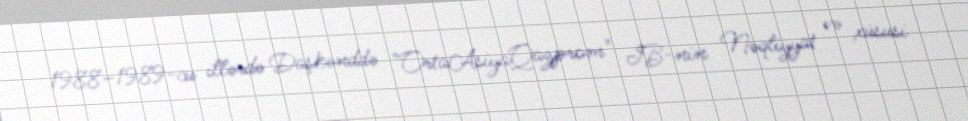
1988–1989-cu illərdə Daşkənddə "OrtaAsiyaQazprom" İB-nin Nəqliyyat və xüsusi